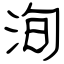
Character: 洵